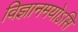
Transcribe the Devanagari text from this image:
विज्ञानमयोऽसि